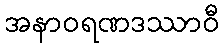
အနာဝရဏဒဿာဝီ